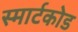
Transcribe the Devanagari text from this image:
स्मार्टकोड